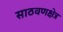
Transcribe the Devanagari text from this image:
साठवणक्षेत्र